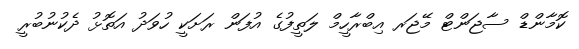
ކޮމާންޑް ސާޖަންޓް މޭޖަރ އިބްރާހީމް ލަތީފުގެ އުފަން ރަށަކީ ހުވަދު އަތޮޅު ދެކުނުބުރީ